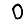
Digit: 0